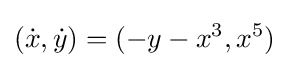
({\dot {x}},{\dot {y}})=(-y-x^{3},x^{5})